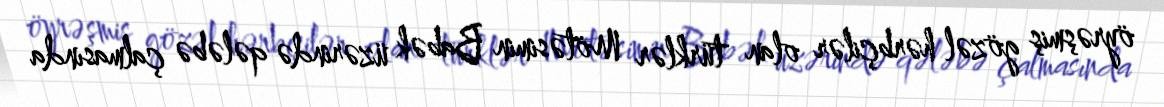
öyrəşmiş gözəl hərbçilər olan türklər Mötəsimin Babək üzərində qələbə çalmasında